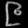
Digit: ၉